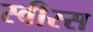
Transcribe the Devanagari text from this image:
स्वीस्स